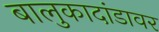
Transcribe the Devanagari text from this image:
बालुकादांडावर